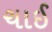
ચાઈ